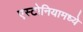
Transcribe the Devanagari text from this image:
एस्टोनियामध्ये